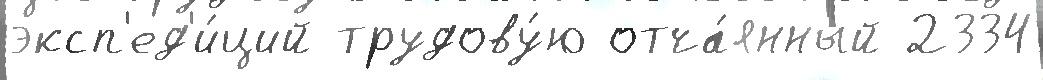
эксп'ед'и́ций трудову́ю отча́янный 2334